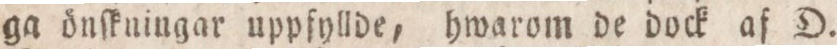
ga änſkningar uppfyllde, hwarom de dock af D.